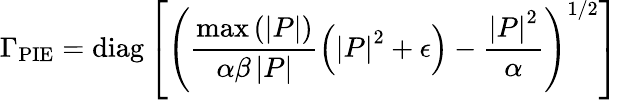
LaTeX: \Gamma_{\textrm{PIE}}=\textrm{diag}\left[\left(\frac{\operatorname*{max}\left(\left|P\right|\right)}{\alpha\beta\left|P\right|}\left(\left|P\right|^{2}+\epsilon\right)-\frac{\left|P\right|^{2}}{\alpha}\right)^{1/2}\right]